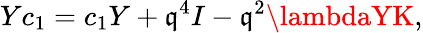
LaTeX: Yc_{1}=c_{1}Y+\mathfrak{q}^{4}I-\mathfrak{q}^{2}\lambdaYK,